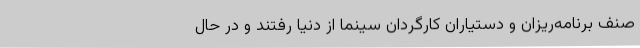
صنف برنامه‌ریزان و دستیاران کارگردان سینما از دنیا رفتند و در حال